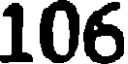
106